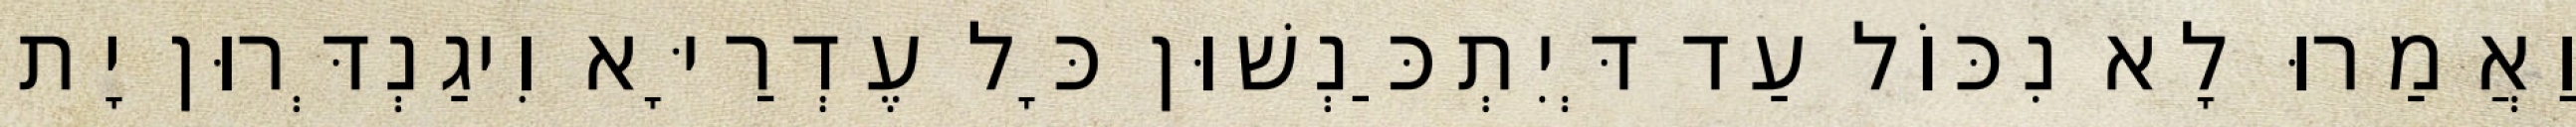
וַאֲמַרוּ לָא נִכּוֹל עַד דְּיִתְכַּנְשׁוּן כָּל עֶדְרַיָּא וִיגַנְדְּרוּן יָת